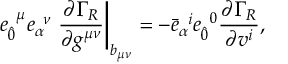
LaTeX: e _ { \hat { 0 } } ^ { \; \; \mu } e _ { \alpha } ^ { \; \; \nu } \left. \frac { \partial \Gamma _ { R } } { \partial g ^ { \mu \nu } } \right| _ { b _ { \mu \nu } } = - { \bar { e } } _ { \alpha } ^ { \; \; i } { e } _ { \hat { 0 } } ^ { \; \; 0 } \frac { \partial \Gamma _ { R } } { \partial v ^ { i } } ,